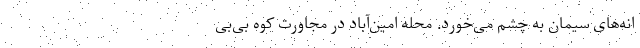
انه‌های سیمان به چشم می‌خورد. محله امین‌آباد در مجاورت کوه بی‌بی‌